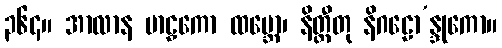
၃၆၄။ အာလာန မာဠှကော ထမ္ဘော၊ နိတ္ထီတု နိဂဠော’န္ဒုကော။